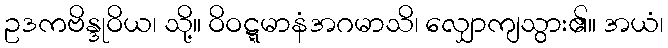
ဥဒကဗိန္ဒုဝိယ၊ သို့။ ဝိဝဋ္ဋမာနံအဂမာသိ၊ လျှောကျသွား၏။ အယံ၊